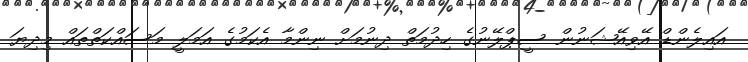
އައިލެންޑް އޭވިއޭޝަނުން ސީޕްލޭނުގެ ހިދުމަތް ދިނުމަށް ނިންމާ އެކަމުގެ އަމަލީ މަސައްކަތްތައް މިދިޔަ